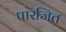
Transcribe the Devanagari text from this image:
पारजित